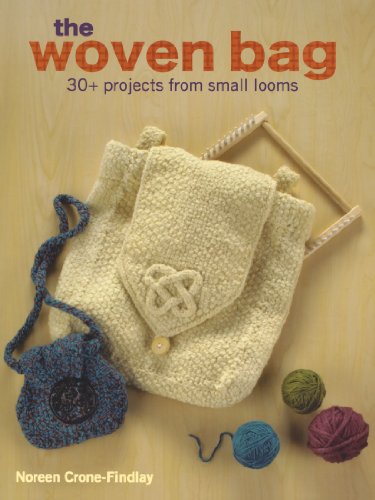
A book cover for The Woven Bag: 30+ Projects from Small Looms; Noreen Crone-Findlay; Crafts, Hobbies & Home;